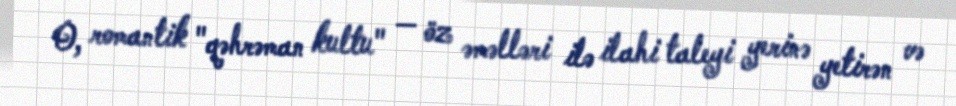
O, romantik "qəhrəman kultu" — öz əməlləri ilə ilahi taleyi yerinə yetirən və